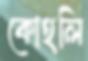
কোহলি